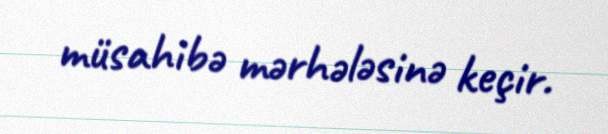
müsahibə mərhələsinə keçir.